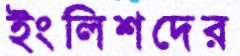
ইংলিশদের